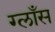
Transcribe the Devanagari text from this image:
ग्लाँस